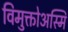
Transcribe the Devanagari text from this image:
विमुक्तोअस्मि